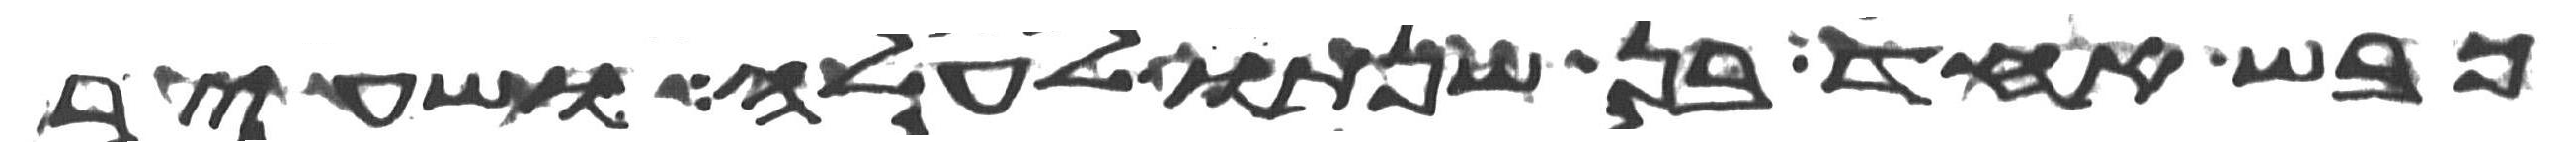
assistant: כבש אחד בן שנתו לעלה ושעיר